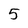
Character: 5